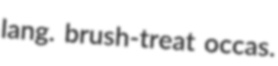
lang. brush-treat occas.